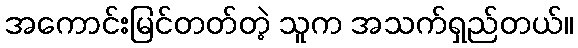
အကောင်းမြင်တတ်တဲ့ သူက အသက်ရှည်တယ်။